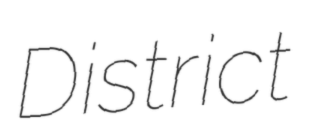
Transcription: District